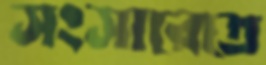
সংসারেতে